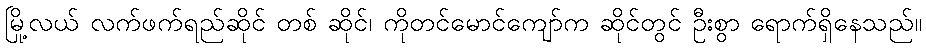
မြို့လယ် လက်ဖက်ရည်ဆိုင် တစ် ဆိုင်၊ ကိုတင်မောင်ကျော်က ဆိုင်တွင် ဦးစွာ ရောက်ရှိနေသည်။